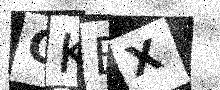
Text: GKBX